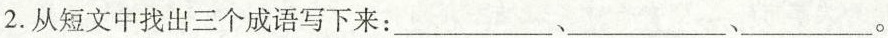
2.从短文中找出三个成语写下来：___、___、___。